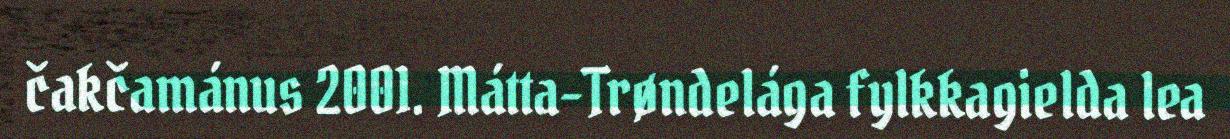
čakčamánus 2001. Mátta-Trøndelága fylkkagielda lea